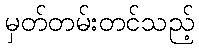
မှတ်တမ်းတင်သည့်